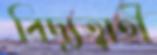
বিদ্যুত্বাহী